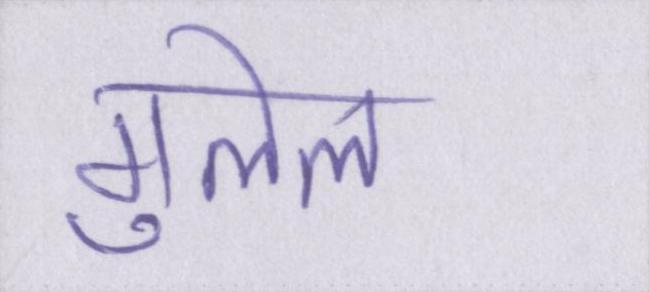
गुलेल